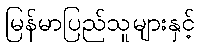
မြန်မာပြည်သူများနှင့်